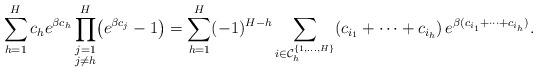
LaTeX: \begin{align*}\sum_{h=1}^H c_h e^{\beta c_h}\prod_{\substack{j = 1\\j\not=h}}^{H} \bigl(e^{\beta c_j}-1\bigr) = \sum_{h=1}^{H} (-1)^{H-h} \sum_{i\in \mathcal{C}_h^{\{1,\dots, H\}}} (c_{i_1}+\dots +c_{i_h})\,e^{\beta(c_{i_1}+\dots+c_{i_h})}.\end{align*}